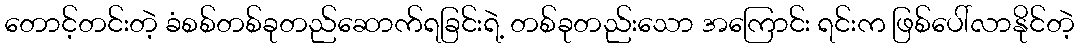
တောင့်တင်းတဲ့ ခံစစ်တစ်ခုတည်ဆောက်ရခြင်းရဲ့ တစ်ခုတည်းသော အကြောင်း ရင်းက ဖြစ်ပေါ်လာနိုင်တဲ့